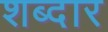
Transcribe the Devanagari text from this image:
शब्दार